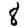
Digit: 8